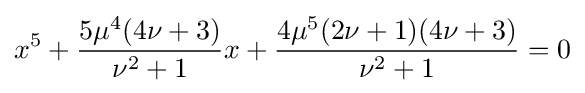
x^{5}+{\frac {5\mu ^{4}(4\nu +3)}{\nu ^{2}+1}}x+{\frac {4\mu ^{5}(2\nu +1)(4\nu +3)}{\nu ^{2}+1}}=0